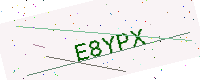
Text: E8YPX